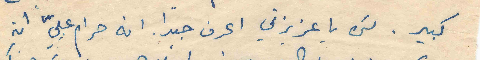
كبير. لكن يا عزيزتي اعرف جيداً انه حرام عليّ ان